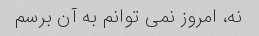
نه، امروز نمی توانم به آن برسم